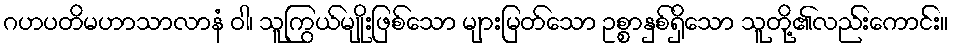
ဂဟပတိမဟာသာလာနံ ဝါ၊ သူကြွယ်မျိုးဖြစ်သော များမြတ်သော ဥစ္စာနှစ်ရှိသော သူတို့၏လည်းကောင်း။